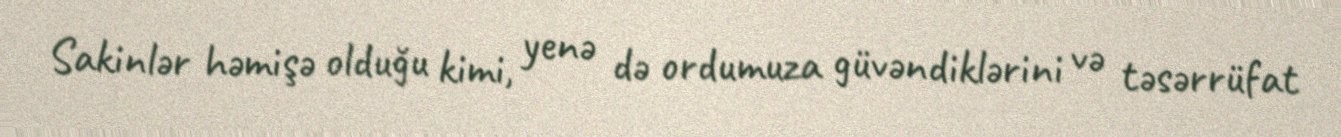
Sakinlər həmişə olduğu kimi, yenə də ordumuza güvəndiklərini və təsərrüfat